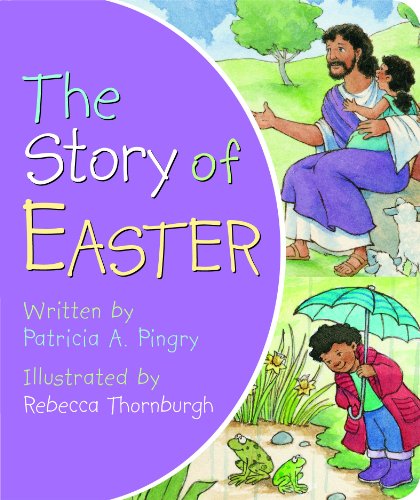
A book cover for The Story of Easter; Patricia A. Pingry; Children's Books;